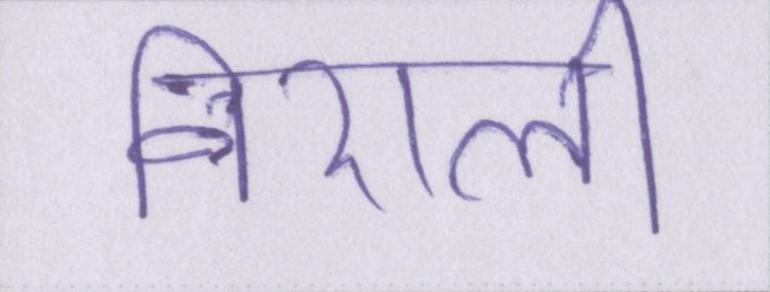
निराली